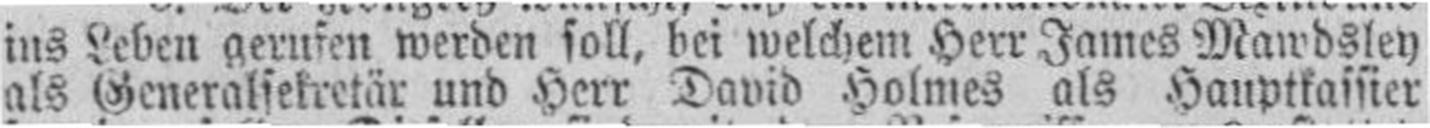
als Generalsekretär und Herr David Holmes als Hauptkassier